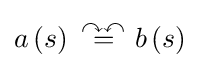
a\left(s\right)~{\overset {\curvearrowright \curvearrowleft }{=}}~b\left(s\right)